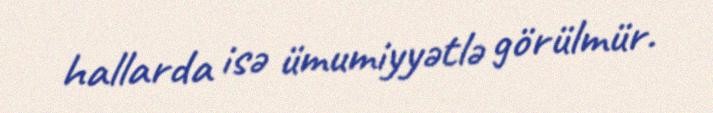
hallarda isə ümumiyyətlə görülmür.